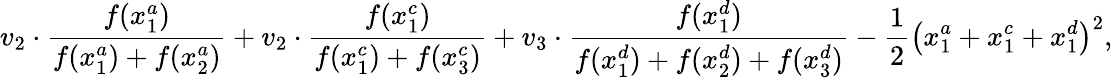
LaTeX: v_{2}\cdot\frac{f(x_{1}^{a})}{f(x_{1}^{a})+f(x_{2}^{a})}+v_{2}\cdot\frac{f(x_{1}^{c})}{f(x_{1}^{c})+f(x_{3}^{c})}+v_{3}\cdot\frac{f(x_{1}^{d})}{f(x_{1}^{d})+f(x_{2}^{d})+f(x_{3}^{d})}-\frac{1}{2}\bigl(x_{1}^{a}+x_{1}^{c}+x_{1}^{d}\bigr)^{2},